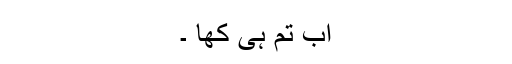
اب تم ہی کھا ۔